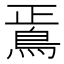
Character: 𩿳